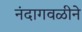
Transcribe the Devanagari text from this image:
नंदागवळीने